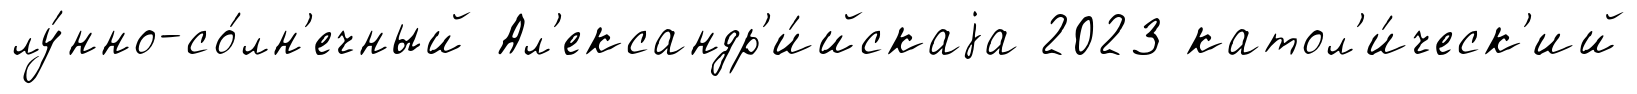
лу́нно-со́лн'ечный Ал'ександр'и́йскаjа 2023 катол'и́ческ'ий